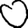
Digit: 0